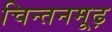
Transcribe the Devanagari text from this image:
चिन्तनमूढ़